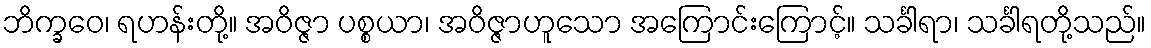
ဘိက္ခဝေ၊ ရဟန်းတို့။ အဝိဇ္ဇာ ပစ္စယာ၊ အဝိဇ္ဇာဟူသော အကြောင်းကြောင့်။ သင်္ခါရာ၊ သင်္ခါရတို့သည်။